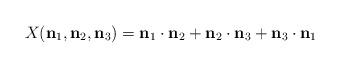
LaTeX: \begin{align*} X(\mathbf{n}_{1},\mathbf{n}_{2},\mathbf{n}_{3}) =\mathbf{n}_{1}\cdot\mathbf{n}_{2}+\mathbf{n}_{2}\cdot\mathbf{n}_{3}+\mathbf{n}_{3}\cdot\mathbf{n}_{1} \end{align*}